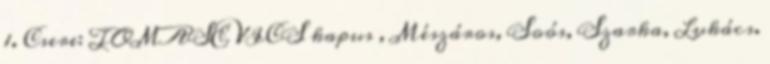
1. Csere: TOMASEVICS kapus , Mészáros, Soós, Szarka, Lukács.